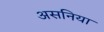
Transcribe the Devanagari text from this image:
असनिया